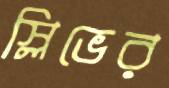
স্লিভের